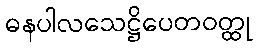
ဓနပါလသေဋ္ဌိပေတဝတ္ထု